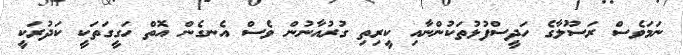
ނަމަވެސް ރަސޫލާގެ ހަދީސްފުޅުތަކުންނާއި ކީރިތި ގުރުއާނުން ވެސް އެނގެން އޮތް ހަގީގަތަކީ ކަދުރަކީ